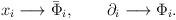
LaTeX: \begin{align*}\begin{array}{l}x_{i}\longrightarrow\bar{\Phi}_{i},\qquad\partial_{i}\longrightarrow\Phi_{i}.\end{array}\end{align*}